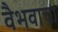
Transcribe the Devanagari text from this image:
वैभवाचा